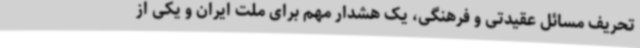
تحریف مسائل عقیدتی و فرهنگی، یک هشدار مهم برای ملت ایران و یکی از